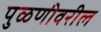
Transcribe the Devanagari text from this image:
पुळणीवरील